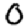
Digit: 0